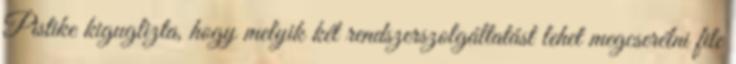
Pistike kiguglizta, hogy melyik két rendszerszolgáltatást lehet megcserélni file